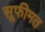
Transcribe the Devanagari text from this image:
सूफीमत